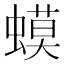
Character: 蟆